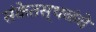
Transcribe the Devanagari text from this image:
संकेतस्थळंचे